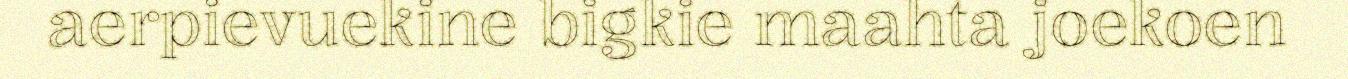
aerpievuekine bigkie maahta joekoen